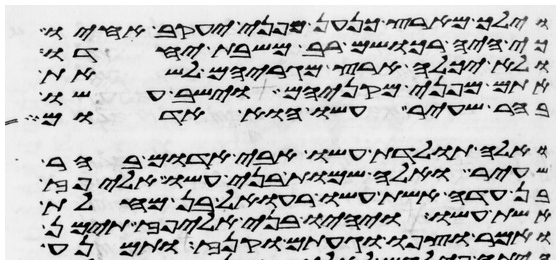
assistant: וילך מארץ כנען מפני יעקב אחיו
כי היה רכושם רב משבת יחדו
ולא יכלה ארץ מגריהם לשאת
אתם מפני מקניהם וישב עשו
בהר שעיר עשו הוא אדום
ואלה תולדת עשו אבי אדום בהר
שעיר ואלה שמות בני עשו אליפז
בן עדה אשת עשו רעואל בן מחלת
אשת עשו ויהיו בני אליפז תימן
ואמר וצפו וגעתם וקנז ותמנע